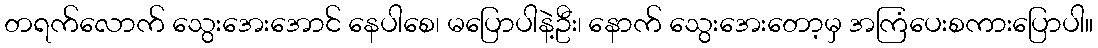
တရက်လောက် သွေးအေးအောင် နေပါစေ၊ မပြောပါနဲ့ဦး၊ နောက် သွေးအေးတော့မှ အကြံပေးစကားပြောပါ။